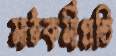
মাঠকর্মীপ্রতি